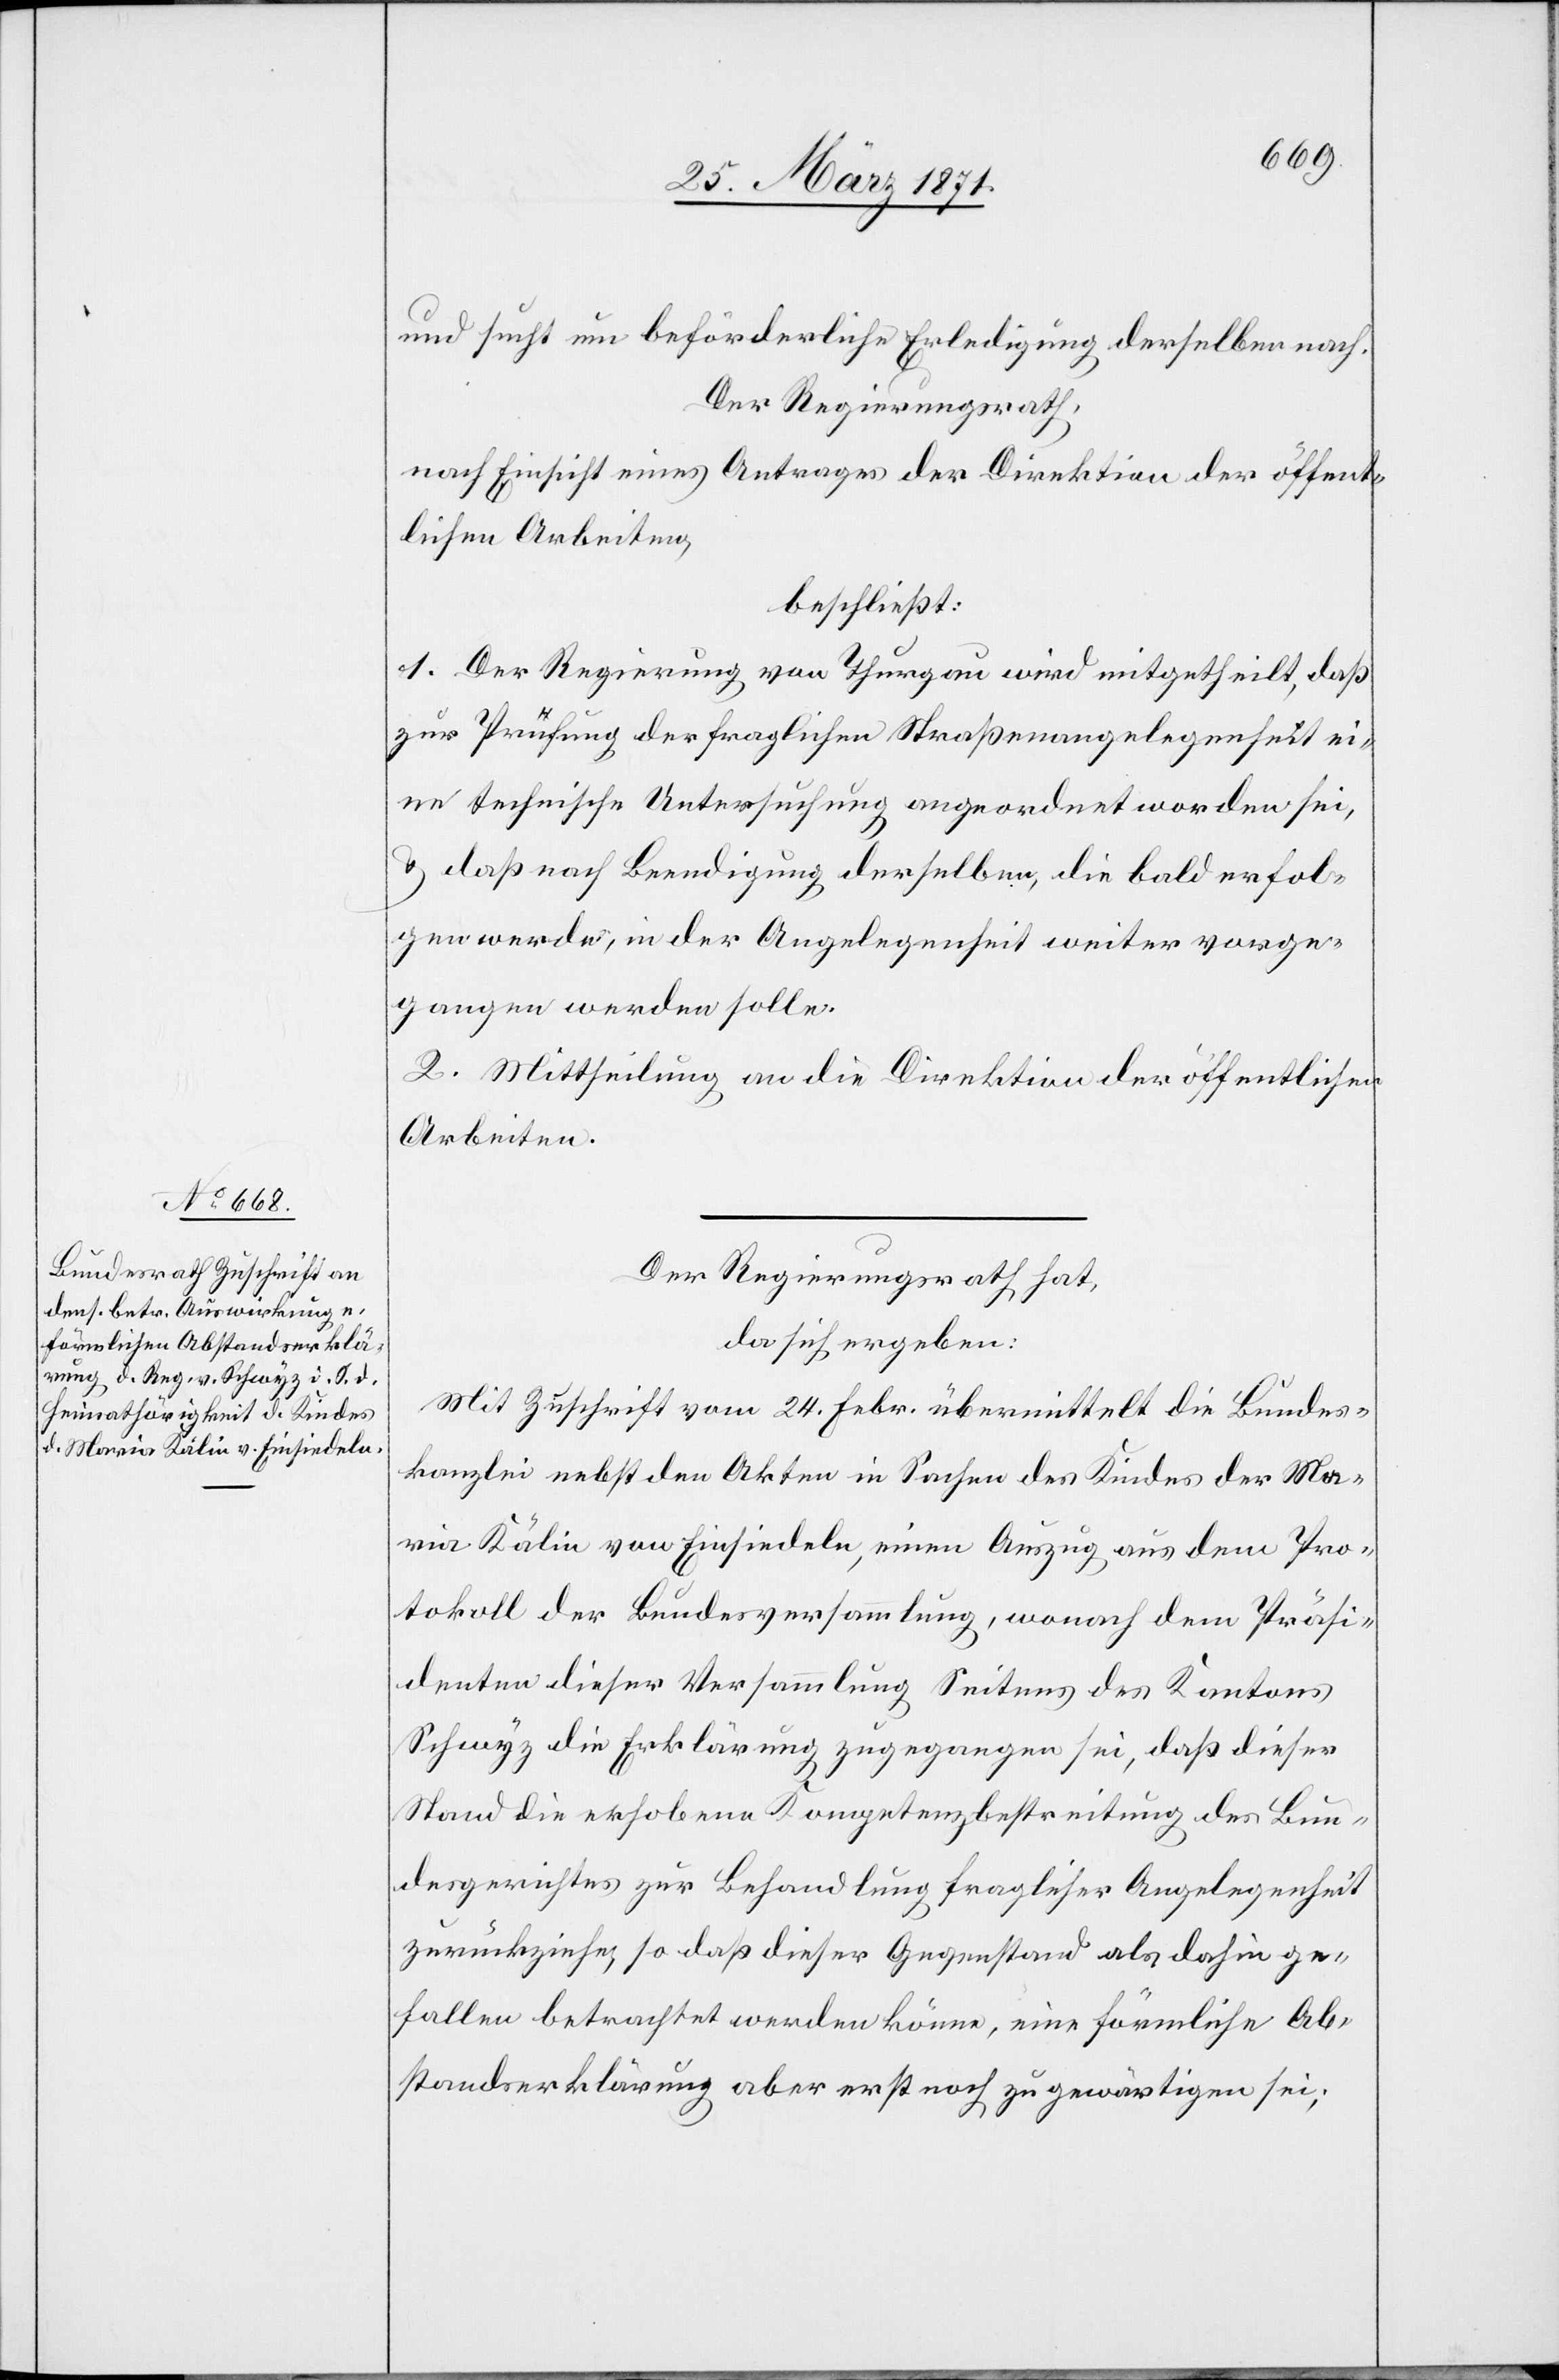
und sucht um beförderliche Erledigung derselben nach.
Der Regierungsrath,
nach Einsicht eines Antrages der Direktion der öffent¬
lichen Arbeiten,
beschließt:
1. Der Regierungsrath von Thurgau wird mitgetheilt, daß
zur Prüfung der fraglichen Straßenangelegenheit ei¬
ne technische Untersuchung angeordnet worden sei,
u. daß nach Beendigung derselben, die bald erfol¬
gen werde, in der Angelegenheit weiter vorge¬
gangen werden solle.
2. Mittheilung an die Direktion der öffentlichen
Arbeiten.
Der Regierungsrath hat,
da sich ergeben:
Mit Zuschrift vom 24. Febr. übermittelt die Bundes¬
kanzlei nebst den Akten in Sachen des Kindes der Ma¬
ria Kälin von Einsiedeln, einen Auszug aus dem Pro¬
tokoll der Bundesversammlung, wonach dem Präsi¬
denten dieser Versammlung Seitens des Kantons
Schwyz die Erklärung zugegangen sei, daß dieser
Stand die erhobene Kompetenzbestreitung des Bun¬
desgerichtes zur Behandlung fraglicher Angelegenheit
zurückziehe, so daß dieser Gegenstand als dahin ge¬
fallen betrachtet werden könne, eine förmliche Ab¬
standserklärung aber erst noch zu gewärtigen sei;